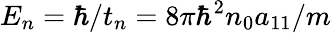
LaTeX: E_{n}=\hbar/t_{n}=8\pi\hbar^{2}n_{0}a_{11}/m